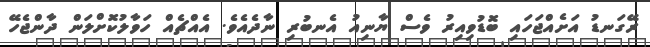
ރޭގަނޑު އަށެއްޖަހައި ބޮޑުވިއިރު ވެސް ޔާނިއު އެނބުރި ނާދެއެވެ. އެއްޗެއް ހަވާލުކޮށްލަން ދާންޖެހޭ